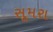
સૂમરા